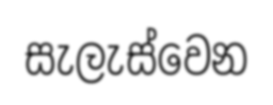
සැලැස්වෙන